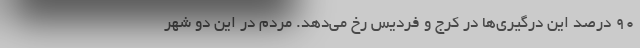
۹۰ درصد این درگیری‌ها در کرج و فردیس رخ می‌دهد. مردم در این دو شهر